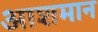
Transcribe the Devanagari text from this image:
आशमान